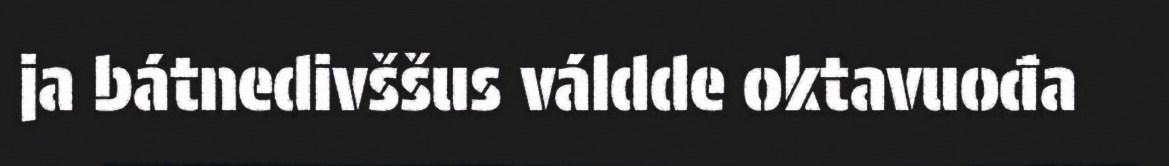
ja bátnedivššus váldde oktavuođa